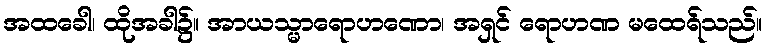
အထခေါ၊ ထိုအခါ၌။ အာယသ္မာရောဟဏော၊ အရှင် ရောဟဏ မထေရ်သည်။